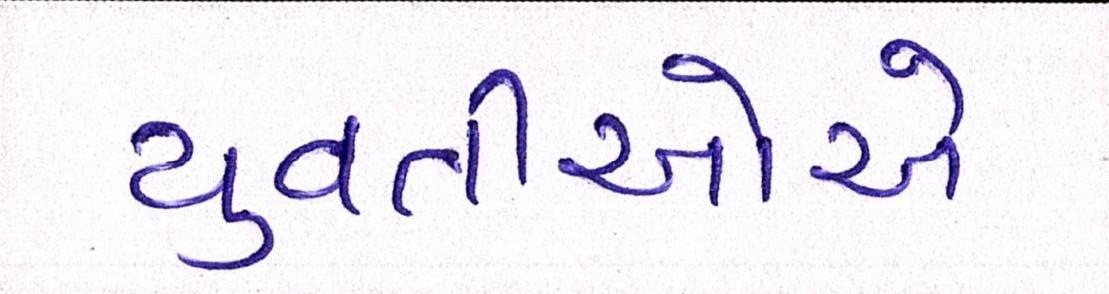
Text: યુવતીઓએ